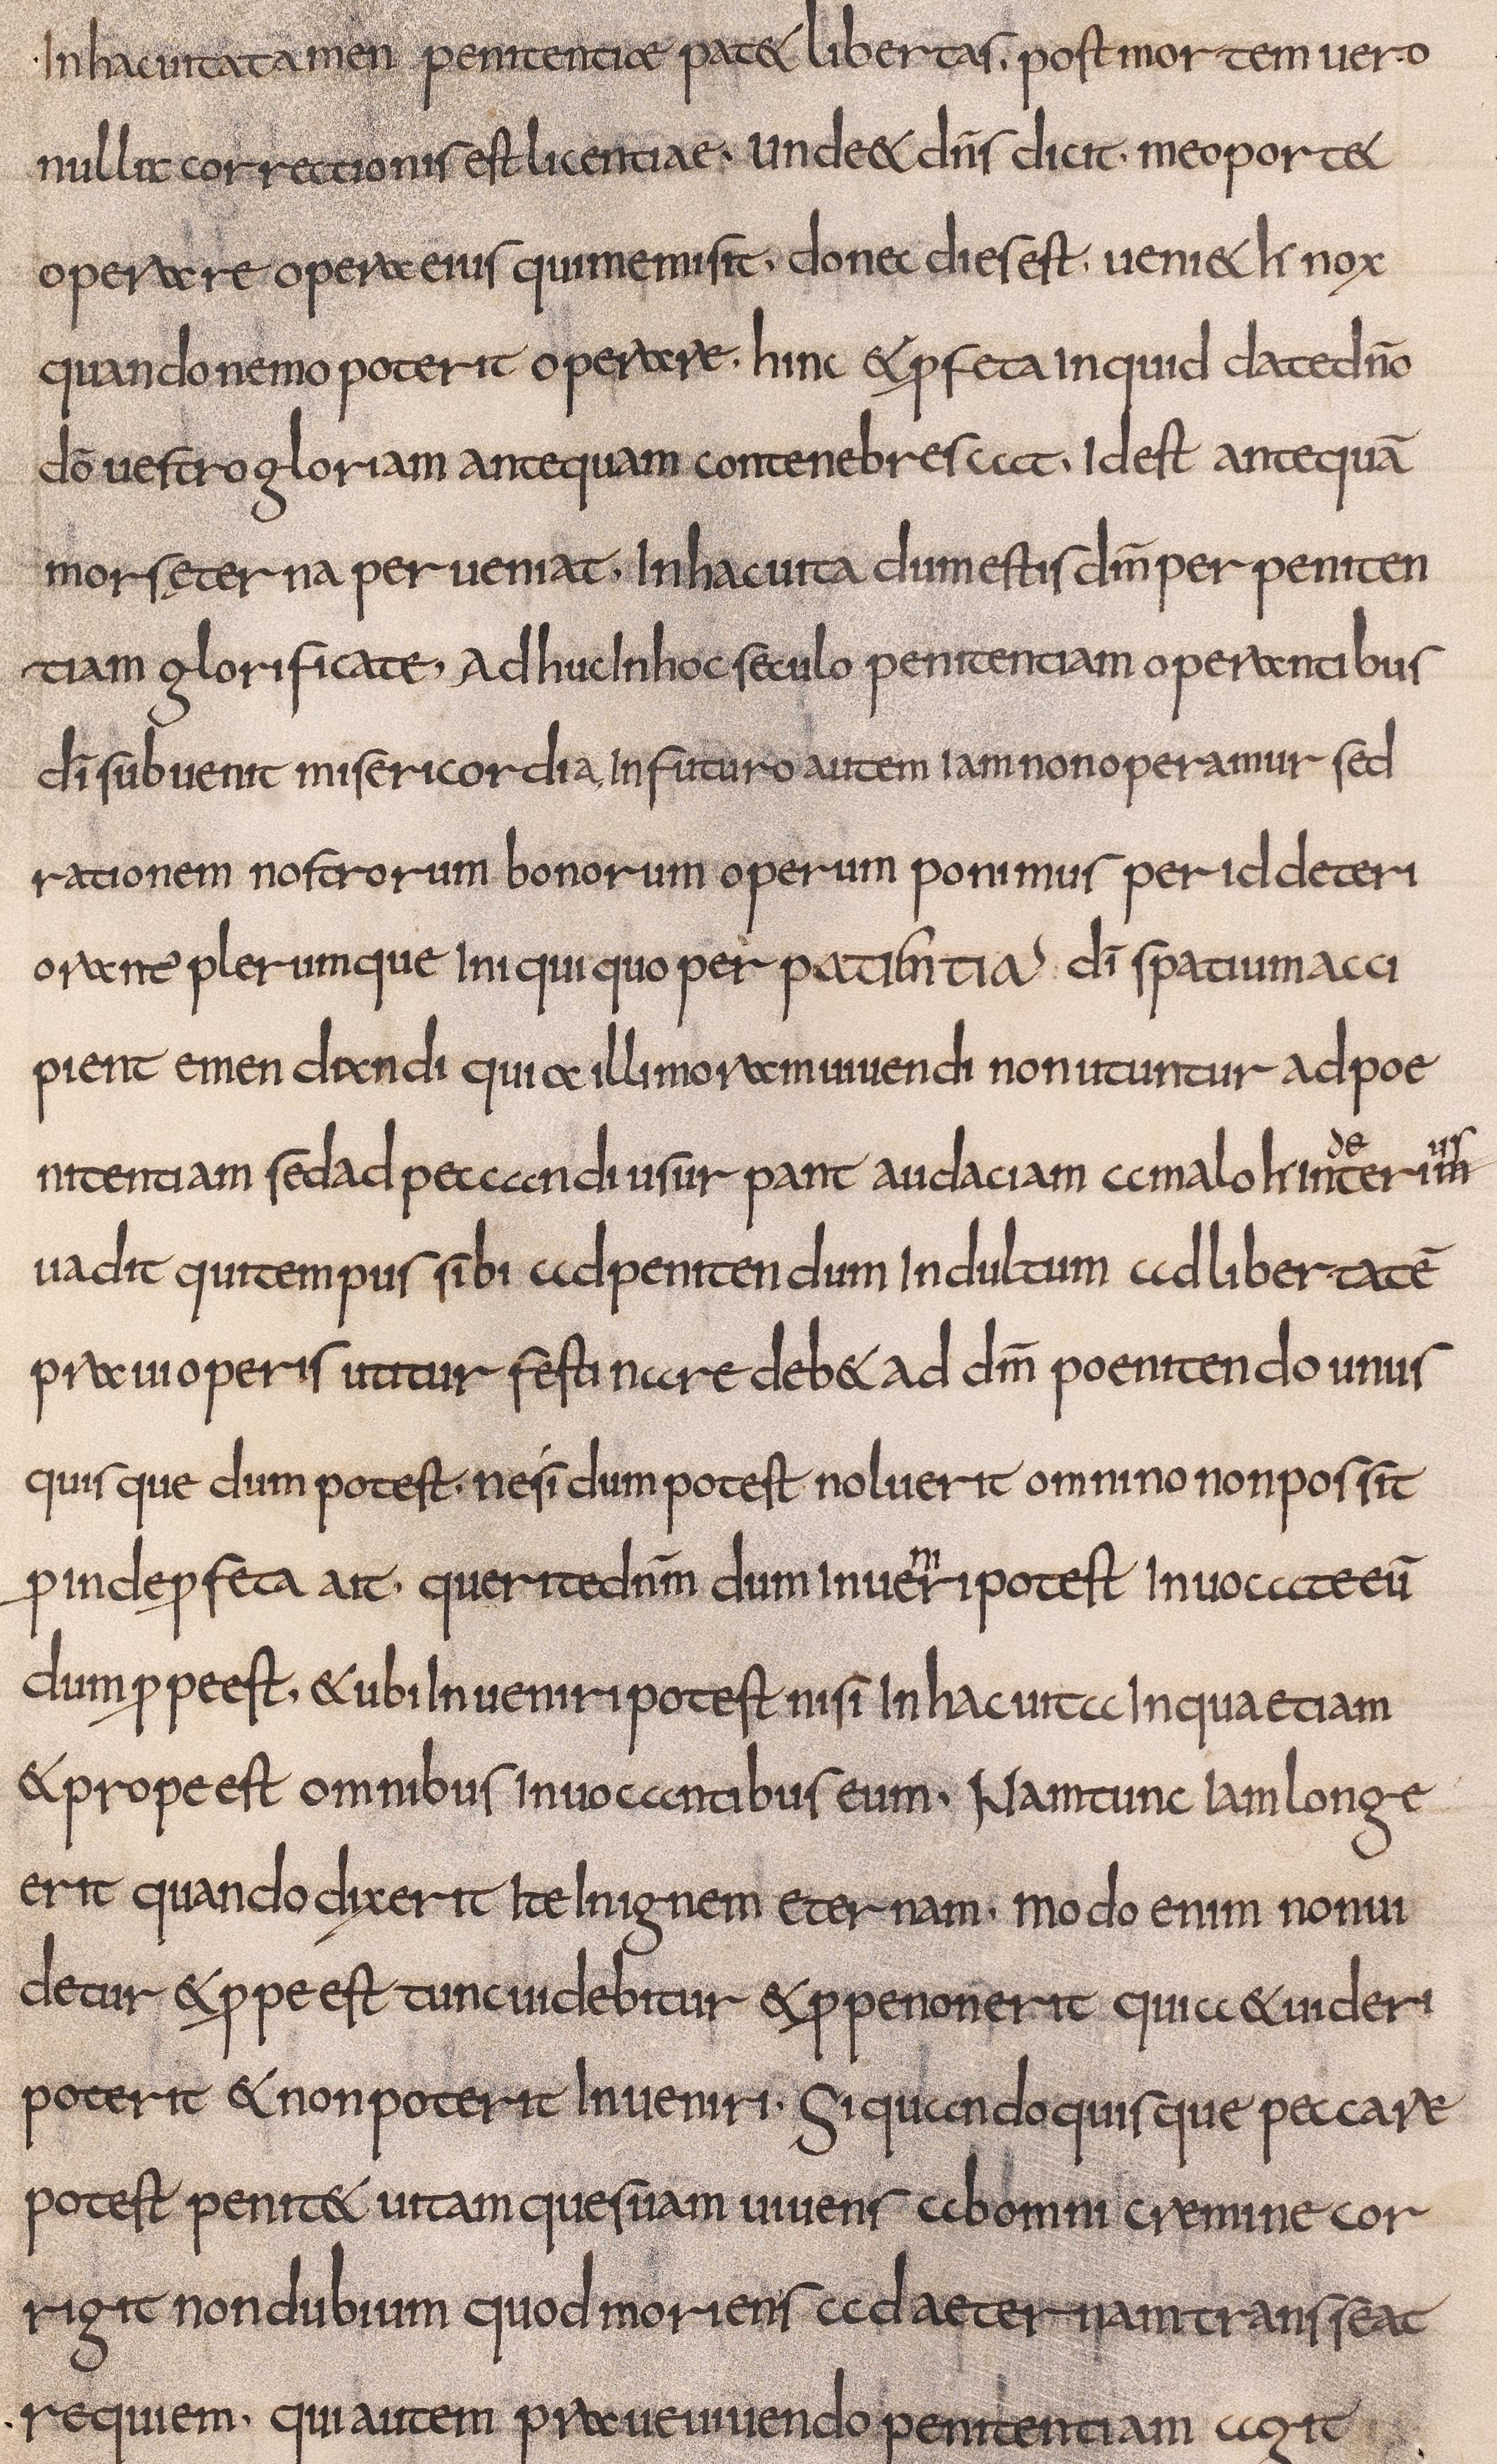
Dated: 800–832